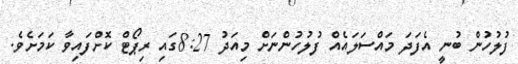
ފުލުހުން ބުނީ އެފަދަ މައްސަލައެއް ފުލުހުންނަށް މިއަދު 8:27ގައި ރިޕޯޓް ކޮށްފައިވާ ކަމަށެވެ.